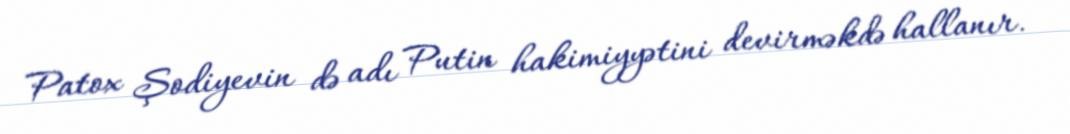
Patox Şodiyevin də adı Putin hakimiyyətini devirməkdə hallanır.